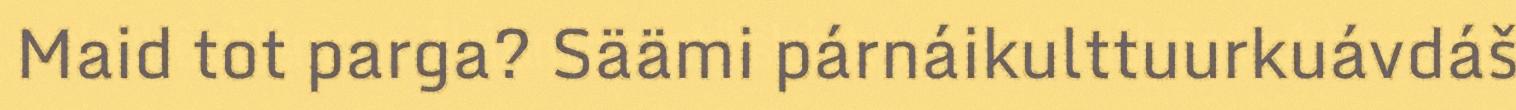
Maid tot parga? Säämi párnáikulttuurkuávdáš